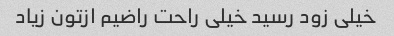
خیلی زود رسید خیلی راحت راضیم ازتون زیاد